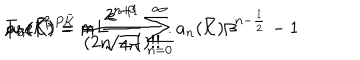
LaTeX: \mathrm { T r } e ^ { - \beta \, P \bar { \cal K } } = \frac { e ^ { - \beta } } { \sqrt { 4 \pi } } \sum _ { n = 0 } ^ { \infty } a _ { n } ( \bar { \cal K } ) \beta ^ { n - \frac { 1 } { 2 } } - 1 \hspace { 0 . 4 c m } , \hspace { 0 . 4 c m } a _ { 0 } ( \bar { \cal K } ) = m L \hspace { 0 . 4 c m } , \hspace { 0 . 4 c m } a _ { n } ( \bar { \cal K } ) = \frac { 2 ^ { n + 1 } } { ( 2 n - 1 ) ! ! } \, .